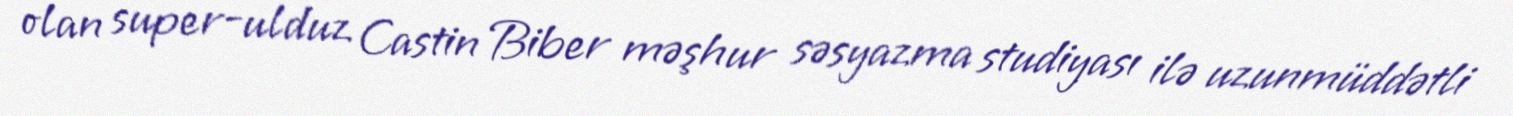
olan super-ulduz Castin Biber məşhur səsyazma studiyası ilə uzunmüddətli